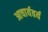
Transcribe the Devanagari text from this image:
आचार्यवर्य